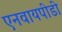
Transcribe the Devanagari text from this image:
एनवायपीडी